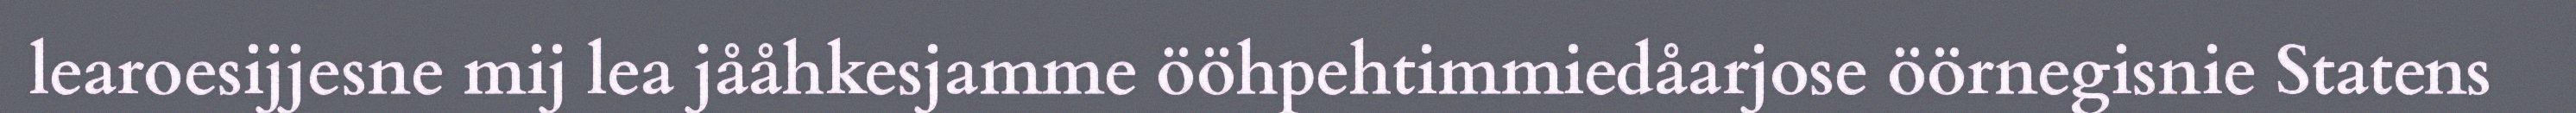
learoesijjesne mij lea jååhkesjamme ööhpehtimmiedåarjose öörnegisnie Statens